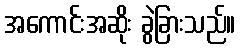
အကောင်းအဆိုး ခွဲခြားသည်။